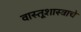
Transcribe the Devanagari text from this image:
वास्तूशास्त्राचे